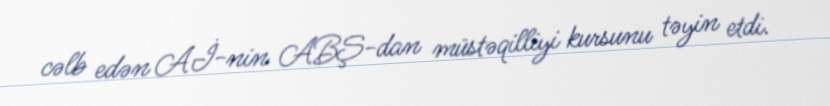
cəlb edən Aİ-nin ABŞ-dan müstəqilliyi kursunu təyin etdi.